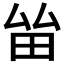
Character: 𤱊